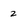
Character: z